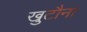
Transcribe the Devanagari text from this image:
खुटौना